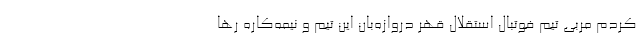
کردم مربی تیم فوتبال استقلال قهر دروازه‌بان این تیم و نیمه‌کاره رها